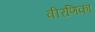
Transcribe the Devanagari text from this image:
वीरणिका